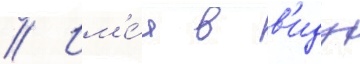
// Им'е́я в в'иду